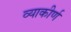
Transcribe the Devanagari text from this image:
व्याकीर्ण